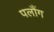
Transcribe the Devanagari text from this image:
पलौंग